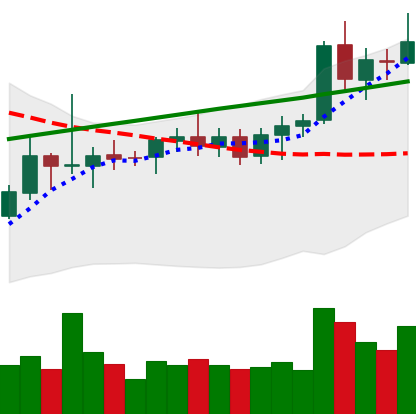
Ticker: ETC-USD
Chart end date: 2021-08-11
Forward return: 13.941%
Label: up_7plus